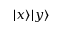
| { x } \rangle | { y } \rangle